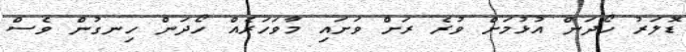
ޑޮލަރު ހޯދަން އުޅުމަށް ވުރެ ރަށް ވަށައި މާވަހަރެއް ހޯދަން ހިނގުން ވެސް